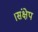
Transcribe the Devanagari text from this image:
।संक्षेप